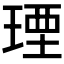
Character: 𤧕